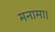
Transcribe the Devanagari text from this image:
मनामा।